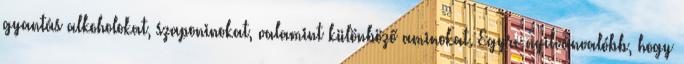
gyantás alkoholokat, szaponinokat, valamint különböző aminokat. Egyre nyilvánvalóbb, hogy